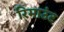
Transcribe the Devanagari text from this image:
रिमाउंट